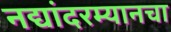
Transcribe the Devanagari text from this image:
नद्यांदरम्यानचा